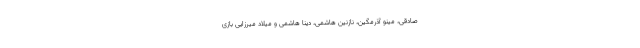
صادقی، مینو آذرمگین، نازنین هاشمی، دینا هاشمی و میلاد میرزایی بازی